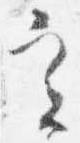
実